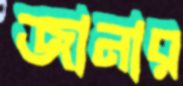
জানার